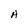
Character: H